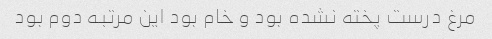
مرغ درست پخته نشده بود و خام بود این مرتبه دوم بود